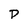
Character: p